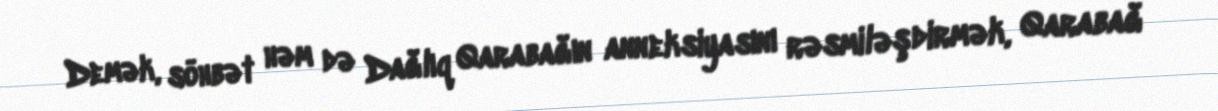
Demək, söhbət həm də Dağlıq Qarabağın anneksiyasını rəsmiləşdirmək, Qarabağ